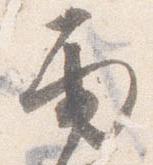
雨